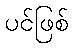
ပင်ဖြစ်